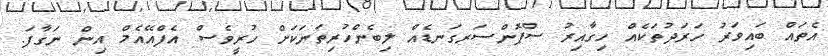
އެތައް ބައިވަރު ހަރަދުތަކެއް ހިގާއިރު ސްޕޮންސަރގަނޑެއް ލިބެންހުރިތަނަކަށް ހުރީވެސް އެފްއޭއެމް އިން ނަގާފަ.